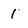
Character: 1